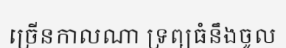
ច្រើនកាលណា ទ្រព្យធំនឹងចូល